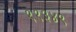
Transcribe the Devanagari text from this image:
११३४९